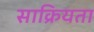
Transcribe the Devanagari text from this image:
साक्रियता